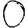
Digit: 0